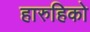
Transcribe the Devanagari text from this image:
हारुहिको